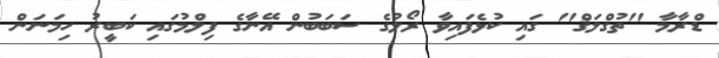
ޑްރާމާ ''ތުގްލަޤް'' ގައި ކުޅެފައިވާ ރޯލުގެ ސަބަބުން އޭނާގެ ފިލްމުގައި ކަބީރު ހިމަނަން